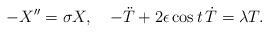
LaTeX: \begin{align*}- X'' = \sigma X,\ \ \ - \ddot{T} + 2 \epsilon \cos t\, \dot{T} = \lambda T.\end{align*}